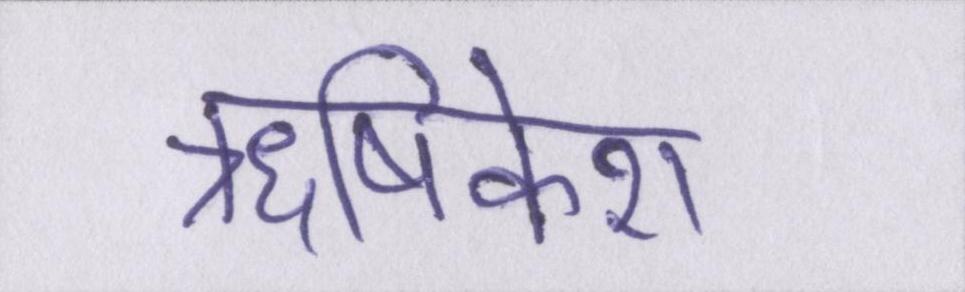
ॠषिकेश